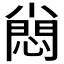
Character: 𡮮